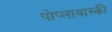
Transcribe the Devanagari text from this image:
पोप्लावास्की